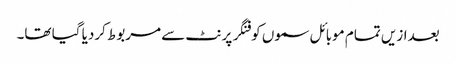
بعدازیں تمام موبائل سموں کو فنگر پرنٹ سے مربوط کردیا گیا تھا۔